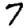
Digit: 7